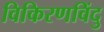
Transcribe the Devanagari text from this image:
विकिरणविंदु